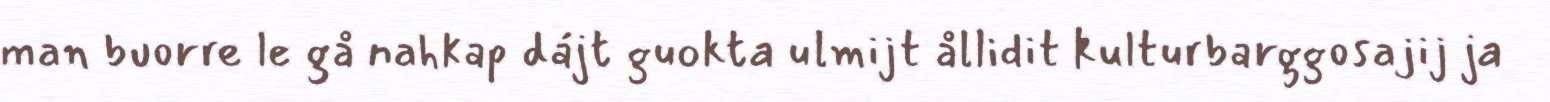
man buorre le gå nahkap dájt guokta ulmijt ållidit kulturbarggosajij ja